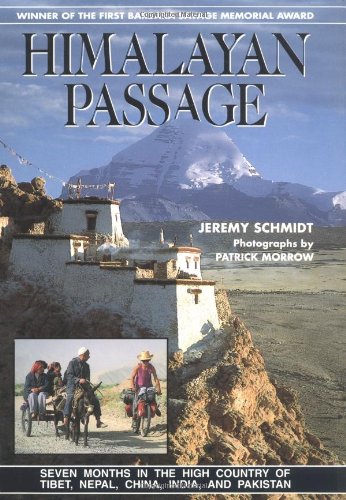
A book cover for Himalayan Passage: Seven Months in the High Country of Tibet, Nepal, China, India and Pakistan; Jeremy Schmidt; Travel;